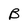
Character: B